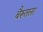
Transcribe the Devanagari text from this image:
बैरूतला